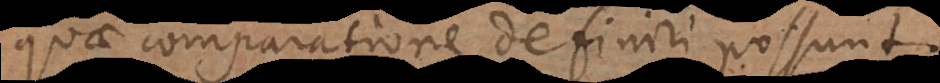
quae comparatione definiri possunt.